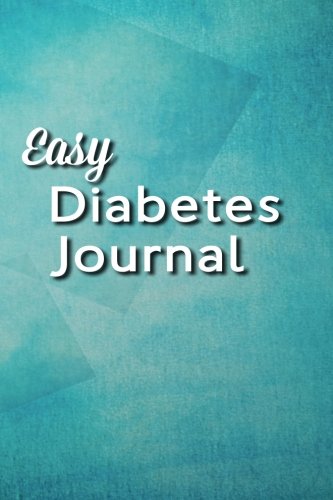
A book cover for Easy Diabetes Journal: Tranquil Blue; Gary Smith; Health, Fitness & Dieting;